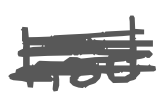
Text: had
Cross-out: scratch
Writing tool: digital_gray